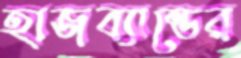
হাজব্যান্ডের